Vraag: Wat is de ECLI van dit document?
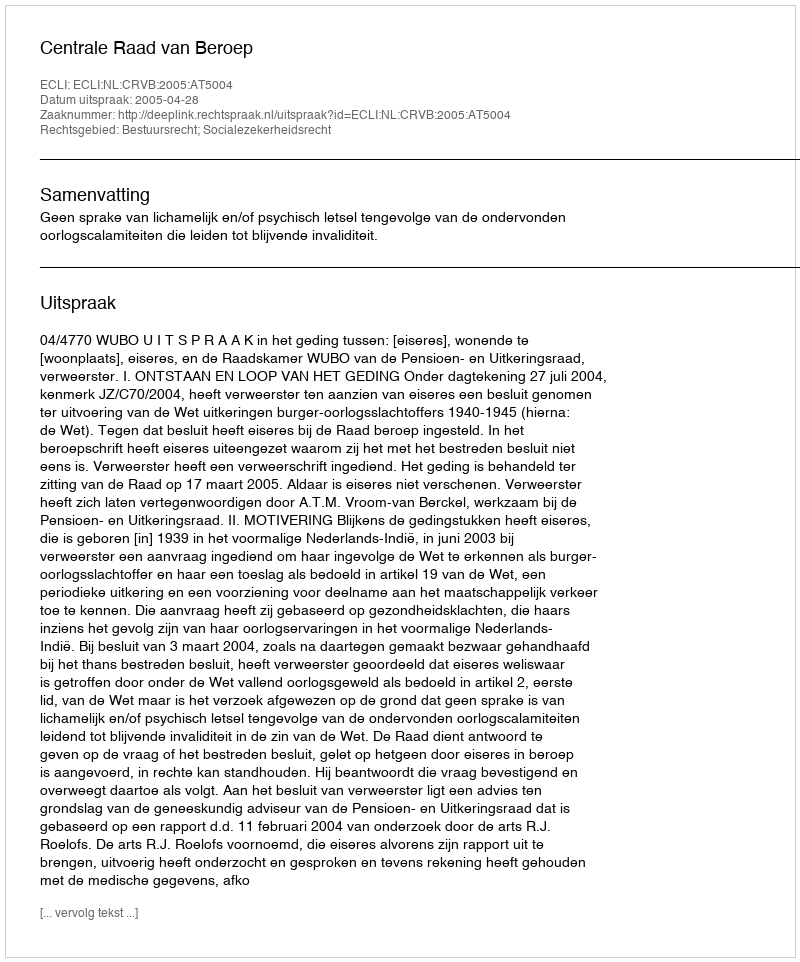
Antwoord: ECLI:NL:CRVB:2005:AT5004